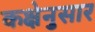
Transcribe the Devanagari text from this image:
कक्षेनुसार